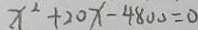
x ^ { 2 } + 2 0 x - 4 8 0 0 = 0